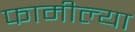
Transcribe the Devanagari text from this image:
फामील्या